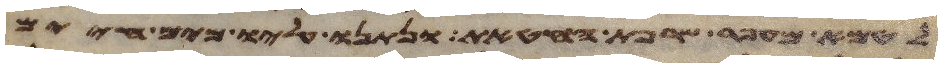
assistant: לטמא מעפר שרפת החטאת ונתנו עליו מים חיים